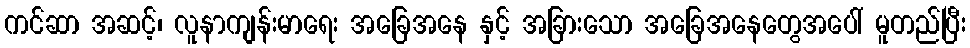
ကင်ဆာ အဆင့်၊ လူနာကျန်းမာရေး အခြေအနေ နှင့် အခြားသော အခြေအနေတွေအပေါ် မူတည်ပြီး